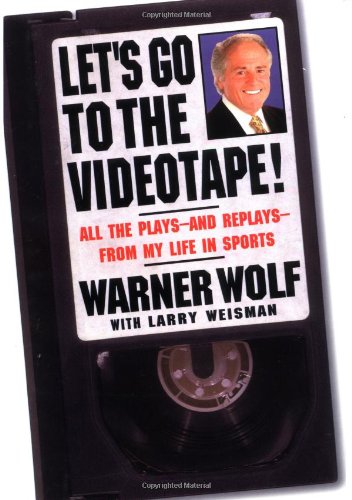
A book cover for Let's Go to the Videotape: All the Plays and Replays from My Life in Sports; Warner Wolf; Sports & Outdoors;